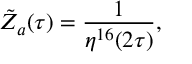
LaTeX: { \tilde { Z } } _ { a } ( \tau ) = \frac { 1 } { \eta ^ { 1 6 } ( 2 \tau ) } ,